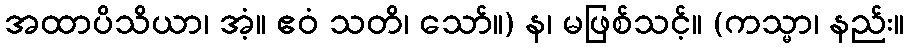
အထာပိသိယာ၊ အံ့။ ဧဝံ သတိ၊ သော်။) န၊ မဖြစ်သင့်။ (ကသ္မာ၊ နည်း။